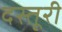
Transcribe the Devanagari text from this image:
दस्तूरी